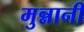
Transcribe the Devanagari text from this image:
मुन्नानी